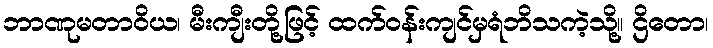
ဘာဏုမတာဝိယ၊ မီးကျီးတို့ဖြင့် ထက်ဝန်းကျင်မှရံဘိသကဲ့သို့။ ဌိတော၊